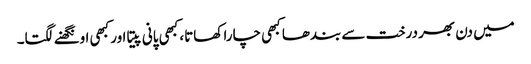
میں دن بھر درخت سے بندھا کبھی چارا کھاتا، کبھی پانی پیتا اور کبھی اونگھنے لگتا۔